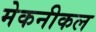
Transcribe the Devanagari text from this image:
मेकनीकल